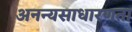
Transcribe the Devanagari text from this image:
अनन्यसाधारणता